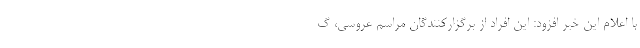
با اعلام این خبر افزود: این افراد از برگزارکنندگان مراسم عروسی، گ